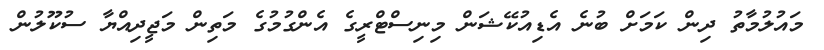
މައުލުމާތު ދިން ކަމަށް ބުނެ އެޑިއުކޭޝަން މިނިސްޓްރީގެ އެންގުމުގެ މަތިން މަޖީދިއްޔާ ސުކޫލުން